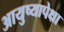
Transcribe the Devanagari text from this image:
आयुष्यापेक्षा